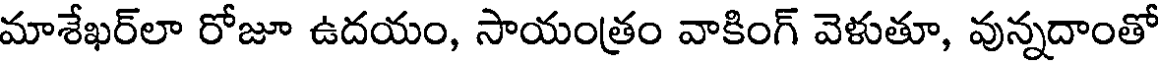
మాశేఖర్లా రోజూ ఉదయం, సాయంత్రం వాకింగ్ వెళుతూ, వున్నదాంతో